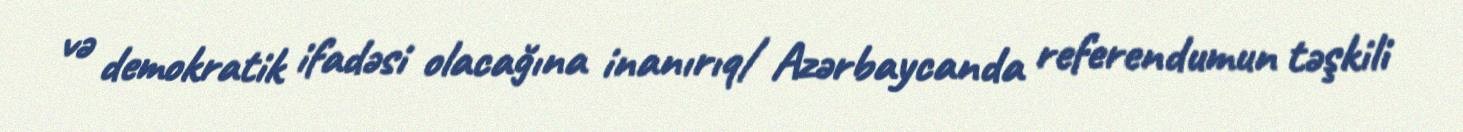
və demokratik ifadəsi olacağına inanırıq/ Azərbaycanda referendumun təşkili